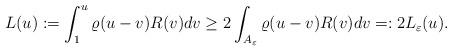
LaTeX: \begin{align*} L(u):=\int_1^{u} \varrho(u-v) R(v) dv\geq 2\int_{A_\varepsilon} \varrho(u-v) R(v) dv=:2L_\varepsilon(u). \end{align*}